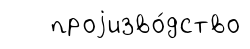
проjизво́дство